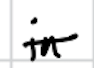
Text: in
Cross-out: mix
Writing tool: digital_black